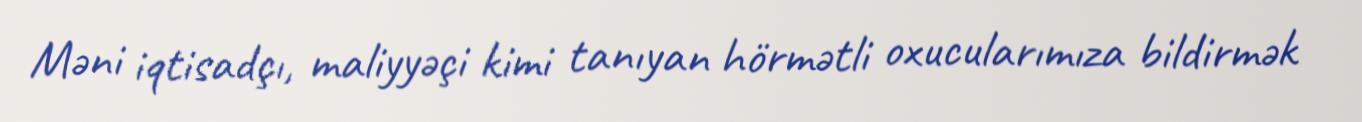
Məni iqtisadçı, maliyyəçi kimi tanıyan hörmətli oxucularımıza bildirmək